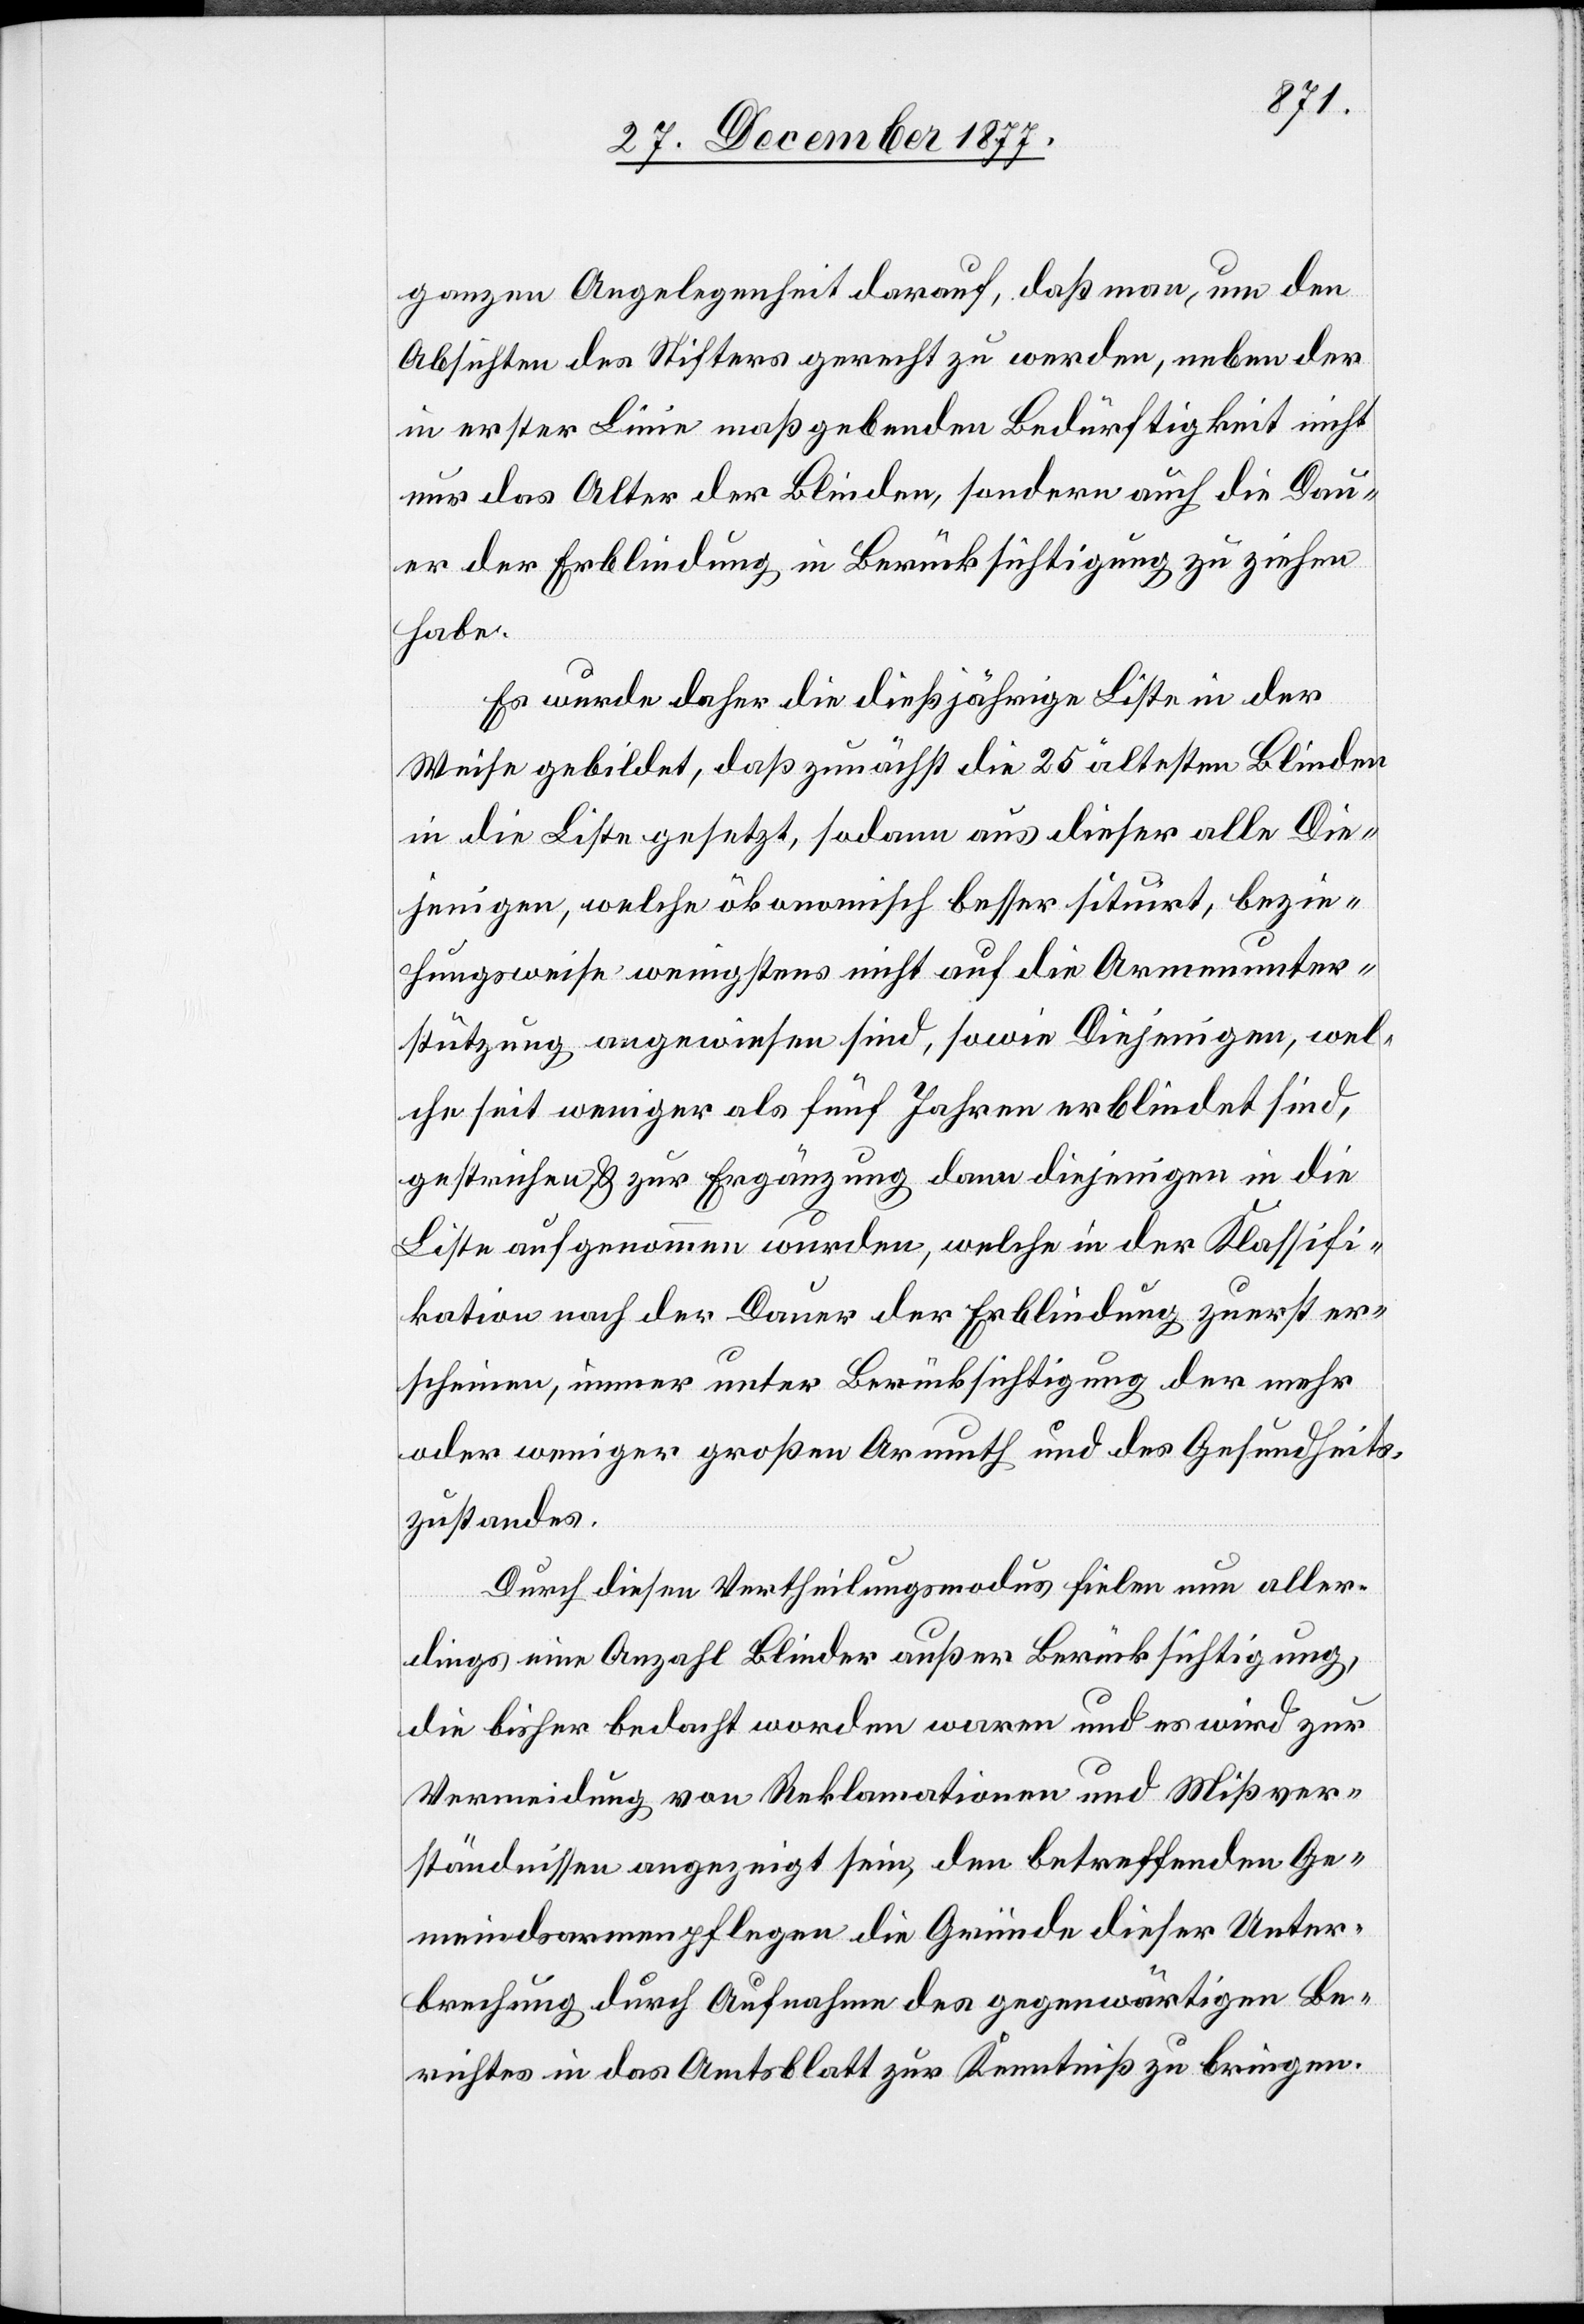
ganzen Angelegenheit darauf, daß man, um den
Absichten des Stifters gerecht zu werden, neben der
in erster Linie maßgebenden Bedürftigkeit nicht
nur das Alter der Blinden, sondern auch die Dau¬
er der Erblindung in Berücksichtigung zu ziehen
habe.
Es wurde daher die dießjährige Liste in der
Weise gebildet, daß zunächst die 25 ältesten Blinden
in die Liste gesetzt, sodann aus dieser alle Die¬
jenigen, welche ökonomisch besser situirt, bezie¬
hungsweise wenigstens nicht auf die Armenunter¬
stützung angewiesen sind, sowie Diejenigen, wel¬
che seit weniger als fünf Jahren erblindet sind,
gestrichen, & zur Ergänzung dann diejenigen in die
Liste aufgenommen wurden, welche in der Klassifi¬
kation nach der Dauer der Erblindung zuerst er¬
scheinen, immer unter Berücksichtigung der mehr
oder weniger großen Armuth und des Gesundheits¬
zustandes.
Durch diesen Vertheilungsmodus fielen nun aller¬
dings eine Anzahl Blinder außer Berücksichtigung,
die bisher bedacht worden waren und es wird zur
Vermeidung von Reklamationen und Mißver¬
ständnissen angezeigt sein, den betreffenden Ge¬
meindsarmenpflegen die Gründe dieser Unter¬
brechung durch Aufnahme des gegenwärtigen Be¬
richtes in das Amtsblatt zur Kenntniß zu bringen.